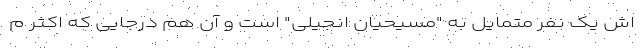
اش یک نفر متمایل به "مسیحیان انجیلی" است و آن هم درجایی که اکثر م